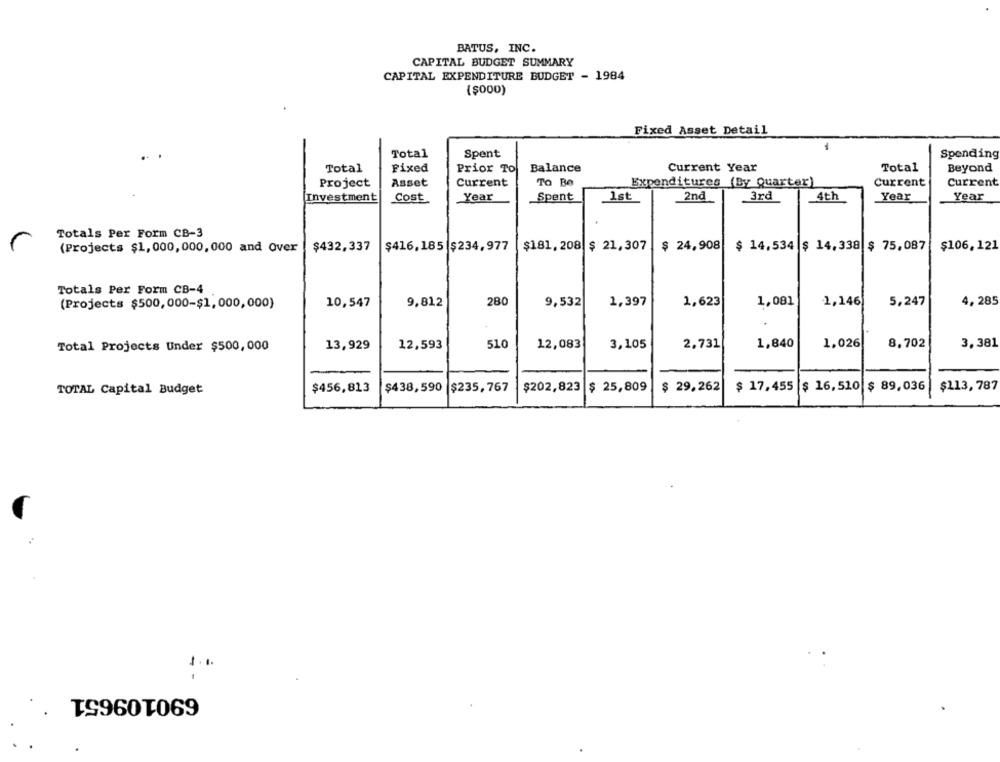
BATUS, INC.
CAPITAL BUDGET SUMMARY
CAPITAL EXPENDITURE BUDGET - 1984
($000)
Fixed Asset Detail
-
Total
Spent
Spending
Total
Fixed
Prior TO
Balance
Current Year
Total
Beyond
Project
Asset
Current
To Be
Expenditures (By Quarter)
Current
Current
Investment
Cost
Year
Spent
1st
2nd
3rd
4th
Year
Year
Totals Per Form CB-3
$ 24,908|
(Projects $1,000,000, 000 and Over
$432,337
$416,185 $234,977
$181,208 $ 21,307
$ 14,534 $ 14, 338 $ 75,087
$106,121
Totals Per Form CB-4
(Projects $500,000-$1,000,000)
10,547
9,812
280
9,532
1,397
1,623
1,081
1,146
5,247
4, 285
2,731
1,840
1,026
8,702
3,381
Total Projects Under $500,000
13,929
12,593
510
12,083
3,105
$456,813
$438,590
$235,767
$202,823
$ 25,809
$ 29,262
$ 17.455
$ 16, 510 $ 89,036
$113,787
TOTAL Capital Budget
1.1.
690109651
.